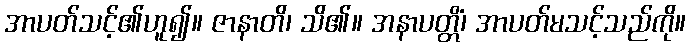
အာပတ်သင့်၏ဟူ၍။ ဇာနာတိ၊ သိ၏။ အနာပတ္တိံ၊ အာပတ်မသင့်သည်ကို။